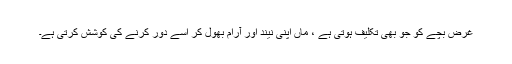
غرض بچے کو جو بھی تکلیف ہوتی ہے ، ماں اپنی نیند اور آرام بھول کر اسے دور کرنے کی کوشش کرتی ہے۔